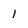
Character: 1